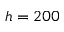
h = 2 0 0